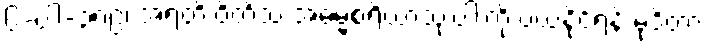
၆-ပါ-၃၈၉၊ အရတိ ဝိတိံသ အဓမ္မစရိယာသုံးပါးကို ပယ်နိုင်ရန် မုဒိတာ